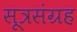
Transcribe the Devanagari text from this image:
सूत्रसंग्रह